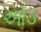
ઑડ